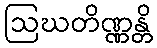
ဩဃတိဏ္ဏန္တိ